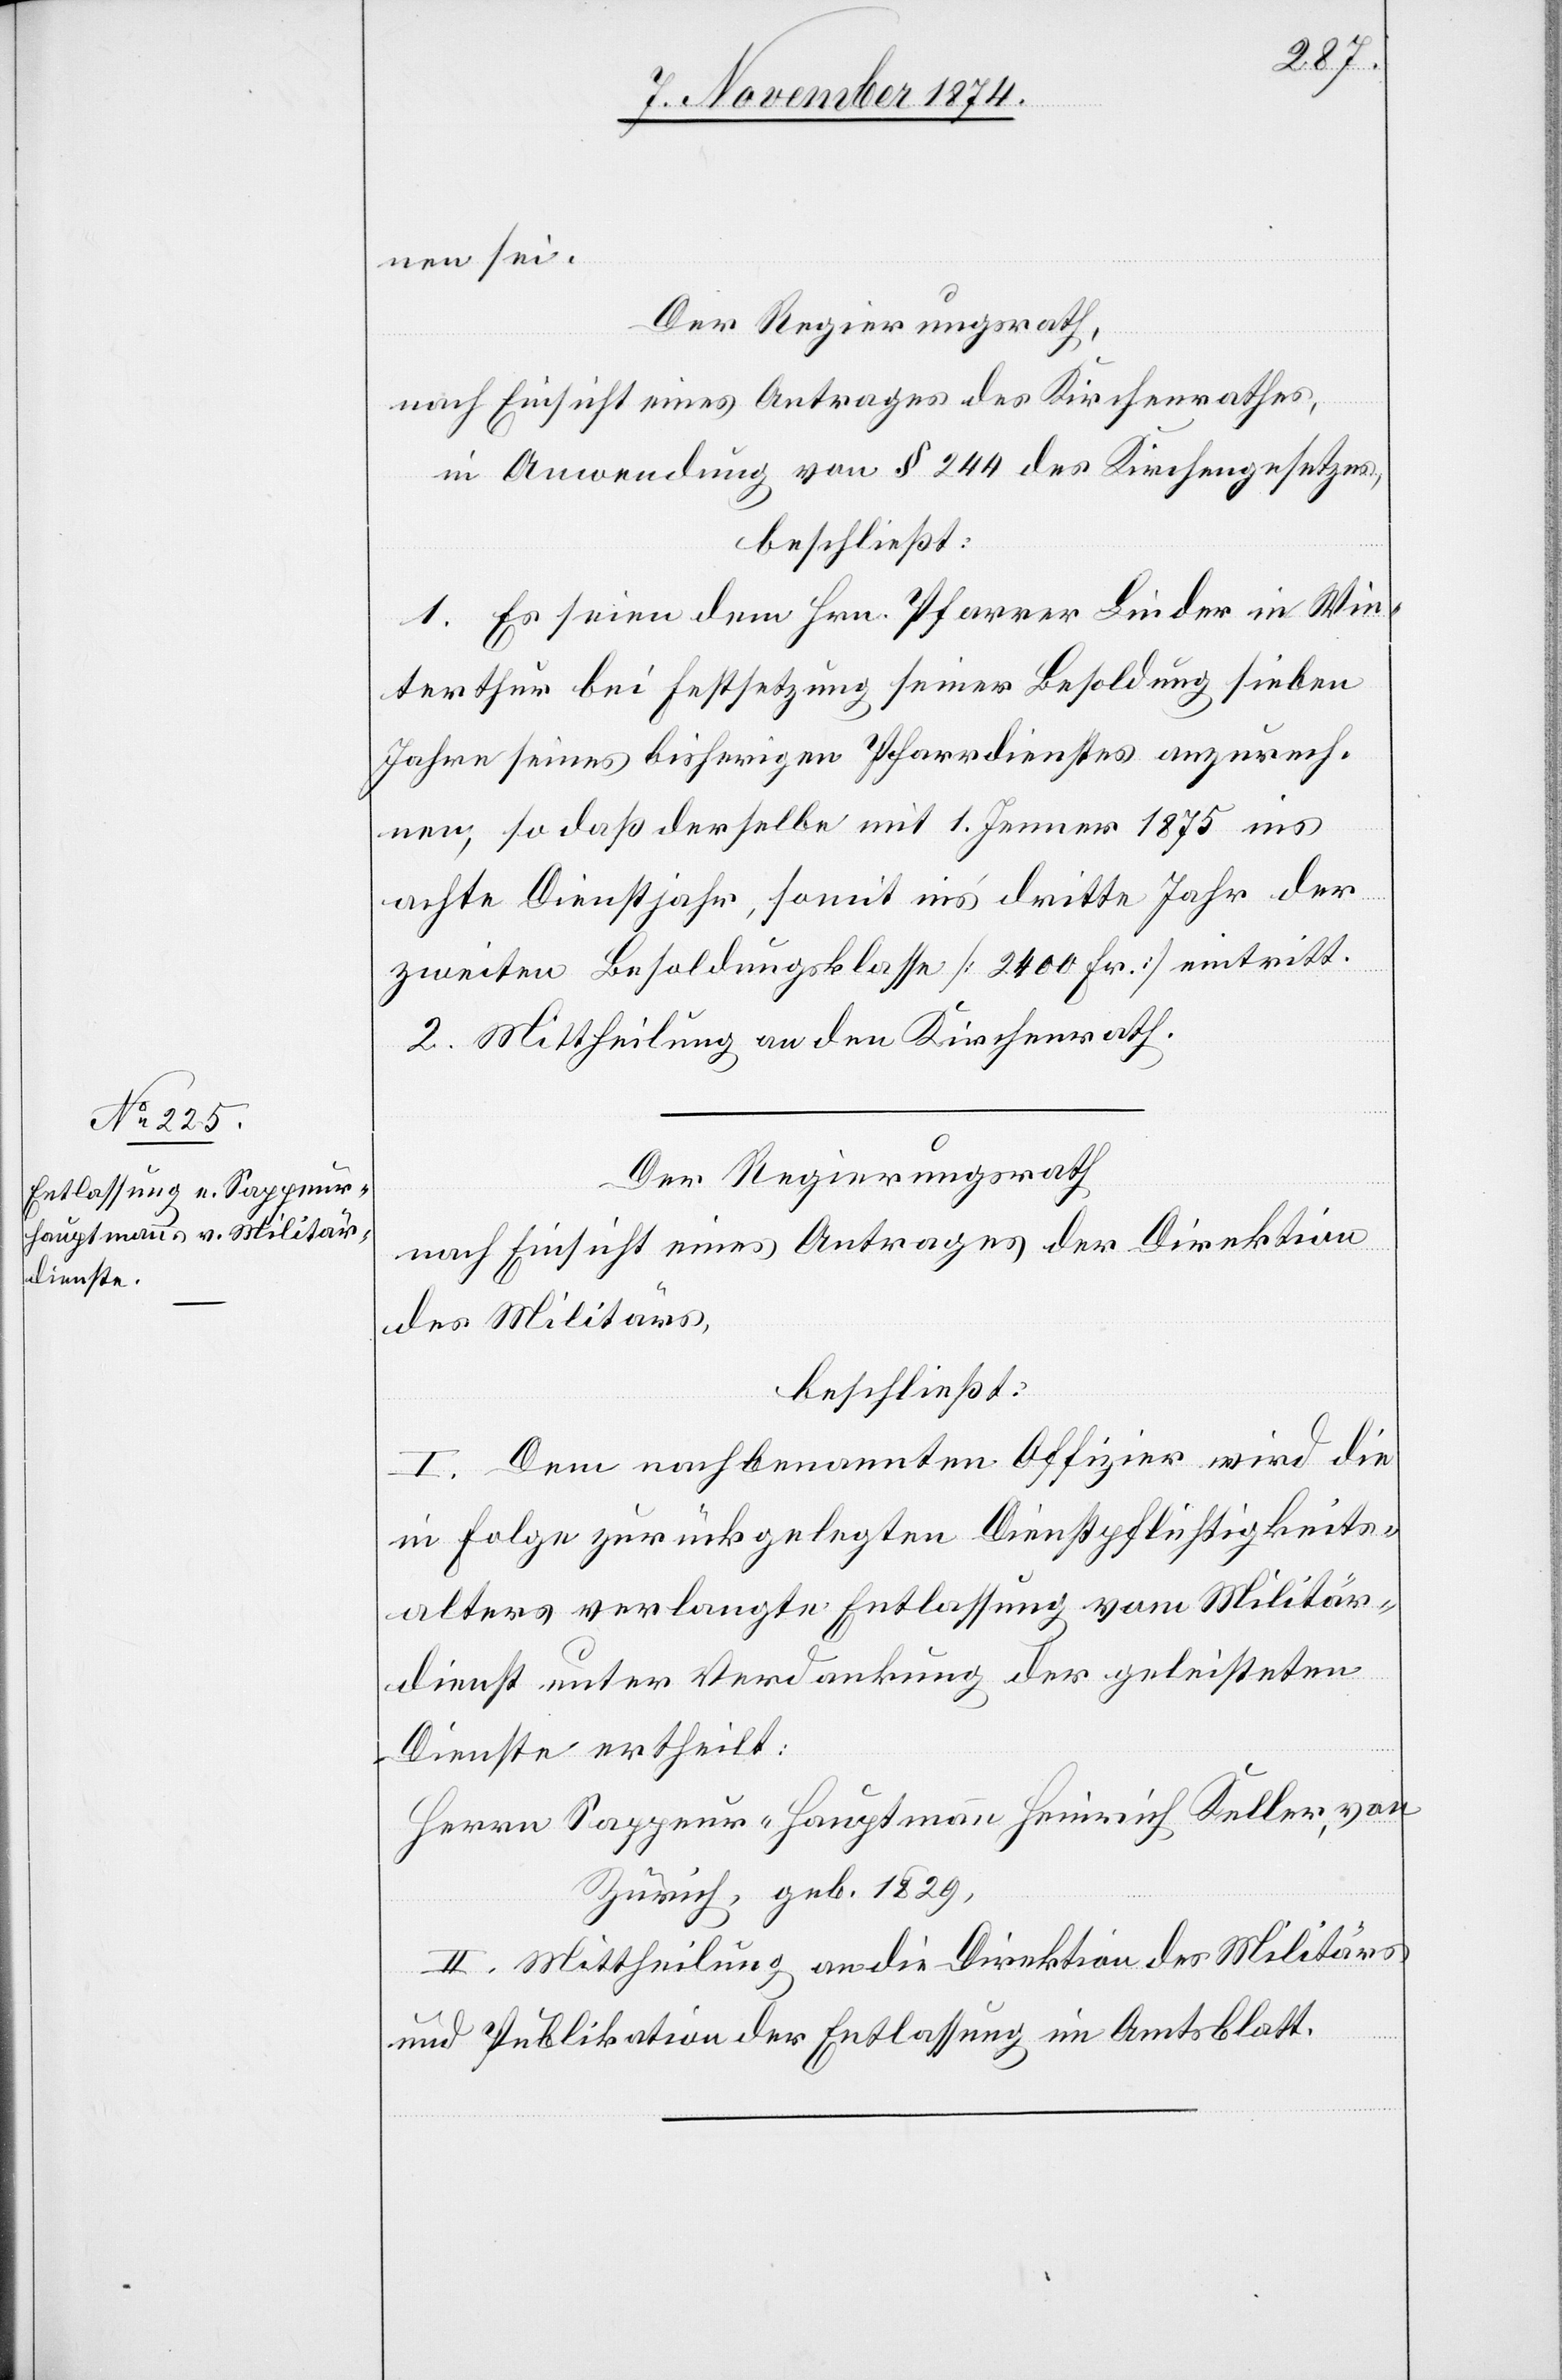
nen sei.
Der Regierungsrath,
nach Einsicht eines Antrages des Kirchenrathes,
in Anwendung von § 244 des Kirchengesetzes,
beschließt:
1. Es seien dem Hrn. Pfarrer Linder in Win¬
terthur bei Festsetzung seiner Besoldung sieben
Jahre seines bisherigen Pfarrdienstes anzurech¬
nen, so daß derselbe mit 1. Jenner 1875 ins
achte Dienstjahr, somit in’s dritte Jahr der
zweiten Besoldungsklasse [2400 Fr.] eintritt.
2. Mittheilung an den Kirchenrath.
Der Regierungsrath
nach Einsicht eines Antrages der Direktion
des Militärs,
beschließt:
I. Dem nachbenannten Offizier wird die
in Folge zurückgelegten Dienstpflichtigkeits¬
alters verlangte Entlassung vom Militär¬
dienst unter Verdankung der geleisteten
Dienste ertheilt:
Herrn Sappeur-Hauptmann Heinrich Keller, von
Zürich, geb. 1829,
II. Mittheilung an die Direktion des Militärs
und Publikation der Entlassung im Amtsblatt.